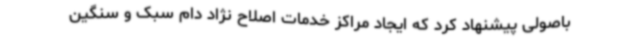
باصولی پیشنهاد کرد که ایجاد مراکز خدمات اصلاح نژاد دام سبک و سنگین